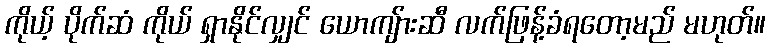
ကိုယ့် ပိုက်ဆံ ကိုယ် ရှာနိုင်လျှင် ယောကျ်ားဆီ လက်ဖြန့်ခံရတော့မည် မဟုတ်။